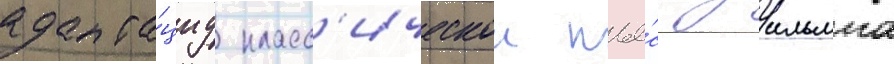
адапта́циу класс'ическои пье́сы уильяма